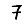
Digit: 7